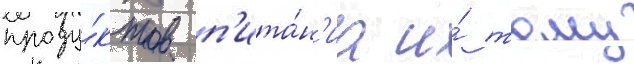
проду́ктов п'ита́н'иа и́ тому